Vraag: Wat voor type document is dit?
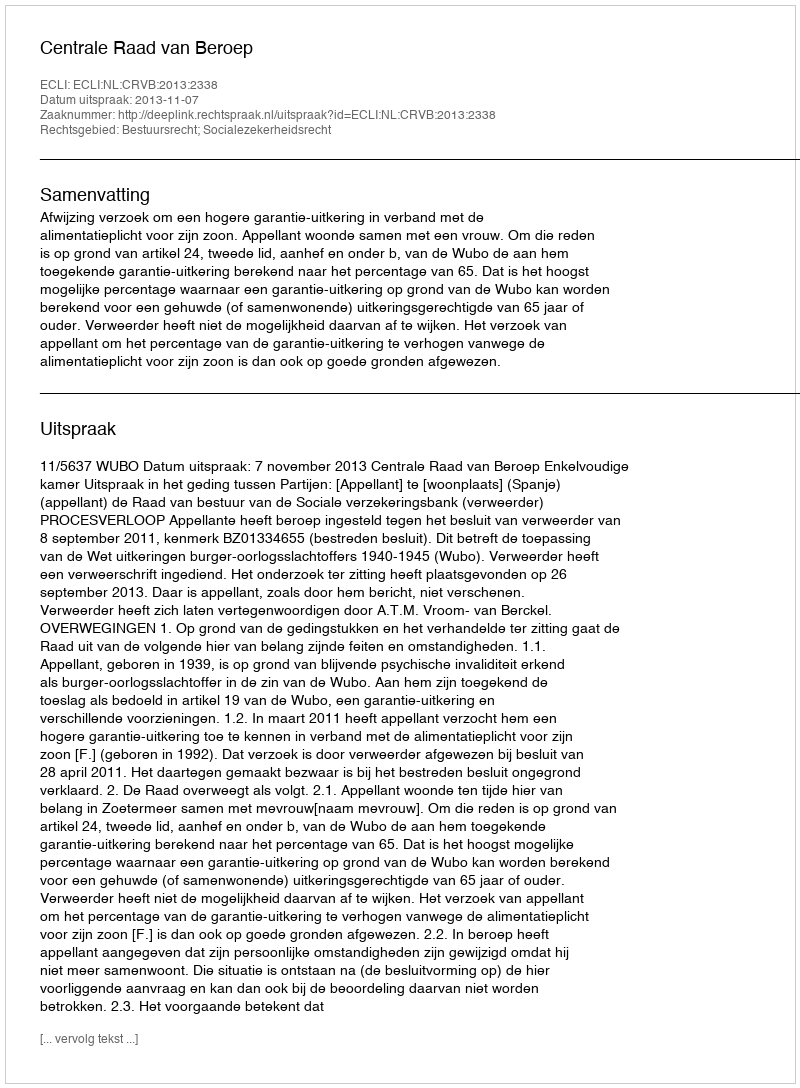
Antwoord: Uitspraak